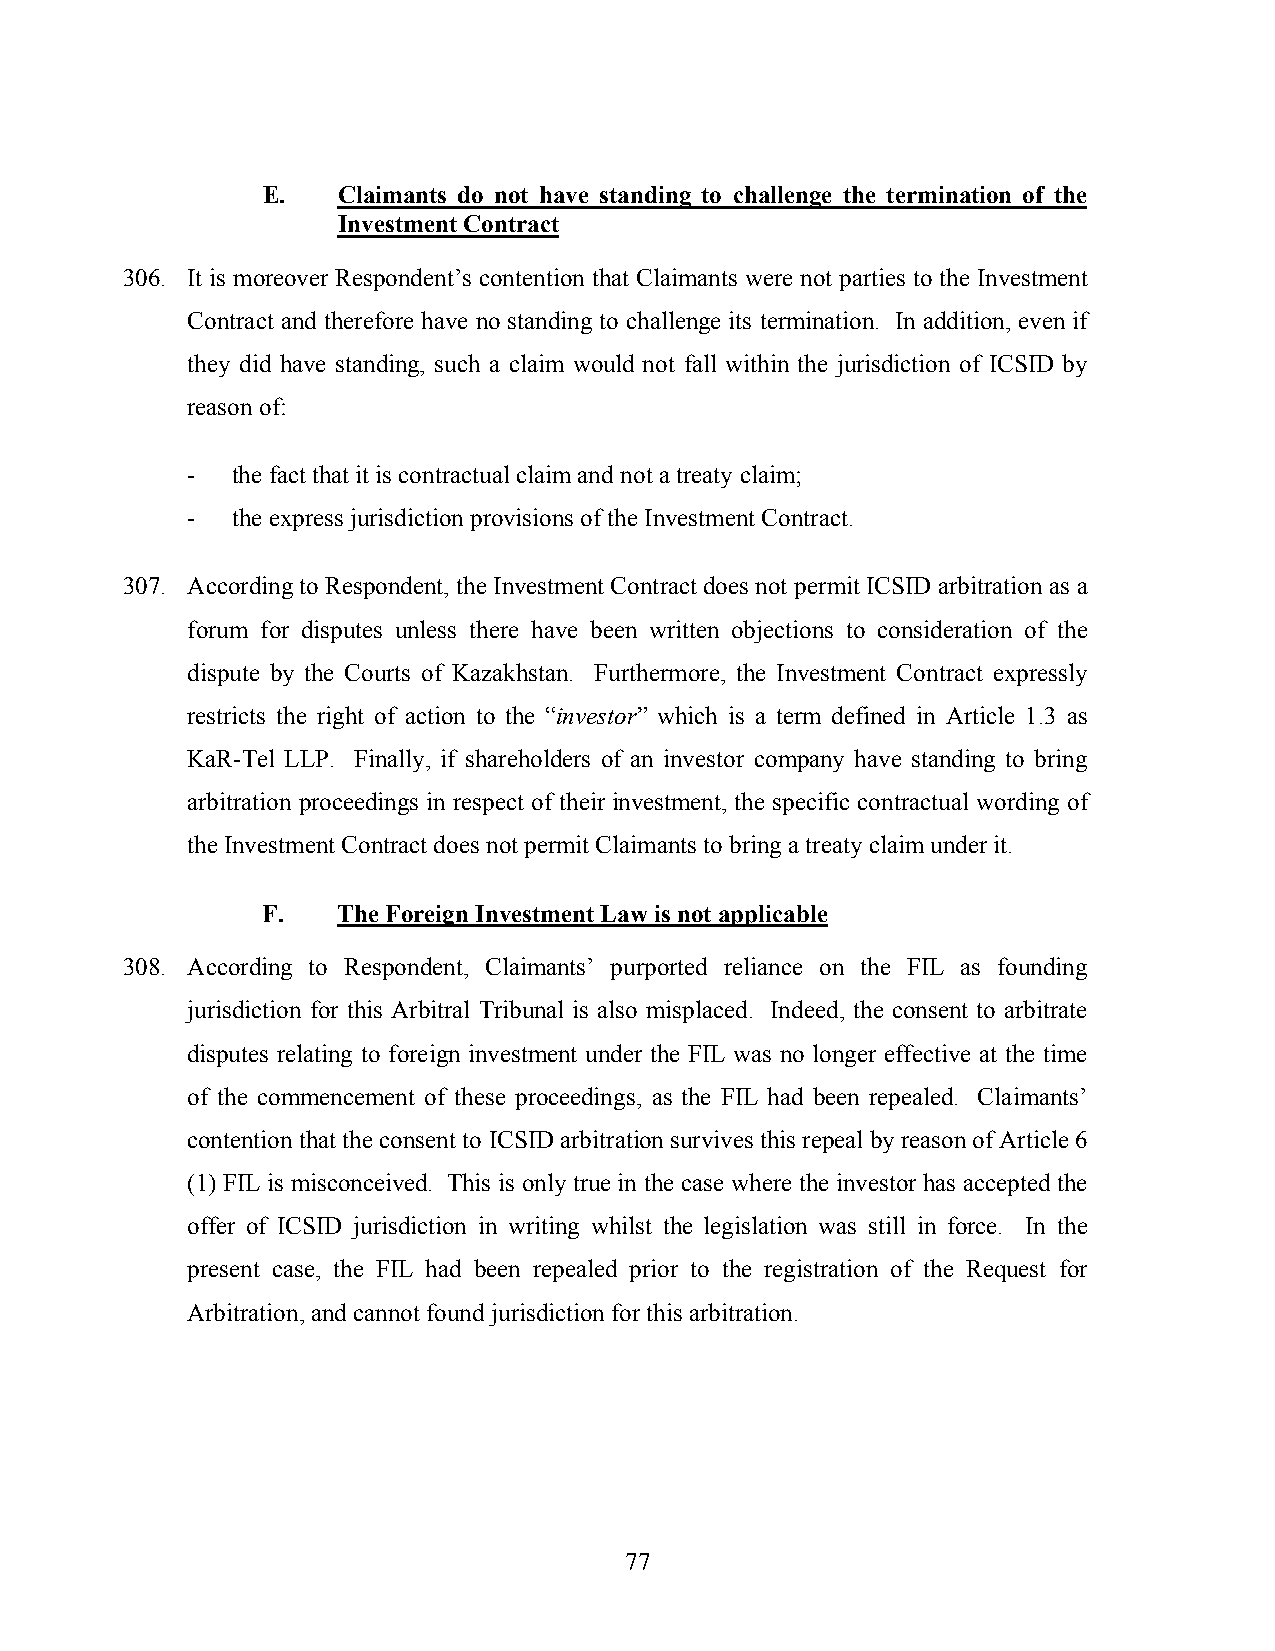
E.   Claimants do not have standing to challenge the termination of the
 Investment Contract
 306. It is moreover Respondent’s contention that Claimants were not parties to the Investment
 Contract and therefore have no standing to challenge its termination. In addition, even if
 they did have standing, such a claim would not fall within the jurisdiction of ICSID by
 reason of:
 -  the fact that it is contractual claim and not a treaty claim;
 -  the express jurisdiction provisions of the Investment Contract.
 307. According to Respondent, the Investment Contract does not permit ICSID arbitration as a
 forum for disputes unless there have been written objections to consideration of the
 dispute by the Courts of Kazakhstan. Furthermore, the Investment Contract expressly
 restricts the right of action to the “investor” which is a term defined in Article 1.3 as
 KaR-Tel LLP. Finally, if shareholders of an investor company have standing to bring
 arbitration proceedings in respect of their investment, the specific contractual wording of
 the Investment Contract does not permit Claimants to bring a treaty claim under it.
 F.   The Foreign Investment Law is not applicable
 308. According to Respondent, Claimants’ purported reliance on the FIL as founding
 jurisdiction for this Arbitral Tribunal is also misplaced. Indeed, the consent to arbitrate
 disputes relating to foreign investment under the FIL was no longer effective at the time
 of the commencement of these proceedings, as the FIL had been repealed. Claimants’
 contention that the consent to ICSID arbitration survives this repeal by reason of Article 6
 (1) FIL is misconceived. This is only true in the case where the investor has accepted the
 offer of ICSID jurisdiction in writing whilst the legislation was still in force. In the
 present case, the FIL had been repealed prior to the registration of the Request for
 Arbitration, and cannot found jurisdiction for this arbitration.
 77